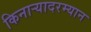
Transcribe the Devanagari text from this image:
किनाऱ्यादरम्यान